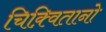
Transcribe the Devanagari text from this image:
चिक़्वितानो